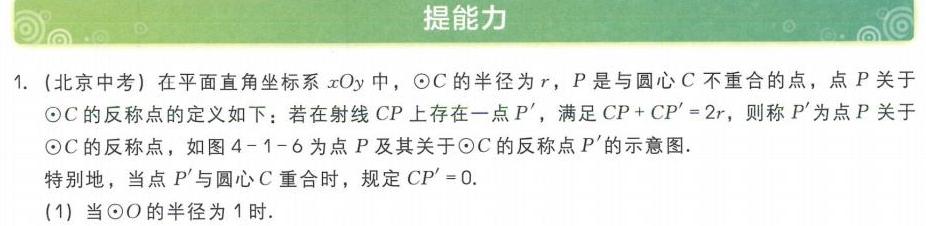
提能力
1. (北京中考) 在平面直角坐标系\(xOy\)中，\(\odot C\)的半径为\(r\)，\(P\)是与圆心\(C\)不重合的点，点\(P\)关于\(\odot C\)的反称点的定义如下：若在射线\(CP\)上存在一点\(P'\)，满足\(CP + CP' = 2r\)，则称\(P'\)为点\(P\)关于\(\odot C\)的反称点，如图4 - 1 - 6为点\(P\)及其关于\(\odot C\)的反称点\(P'\)的示意图.
特别地，当点\(P'\)与圆心\(C\)重合时，规定\(CP' = 0\).
(1) 当\(\odot O\)的半径为\(1\)时.